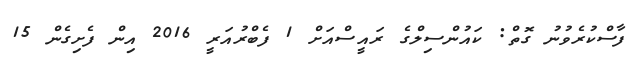
ފާސްކުރެވުނު ގޮތް: ކައުންސިލްގެ ރައީސްއަށް 1 ފެބްރުއަރީ 2016 އިން ފެށިގެން 15